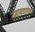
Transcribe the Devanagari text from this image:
रामायणापेक्षा